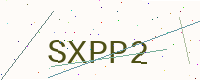
Text: SXPP2